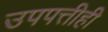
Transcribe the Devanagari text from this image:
उपपत्तीही